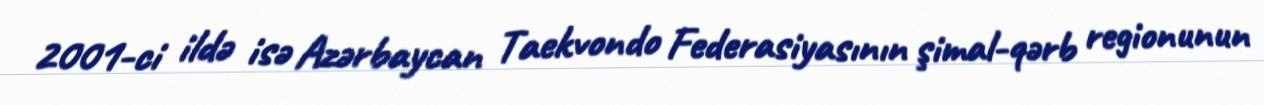
2001-ci ildə isə Azərbaycan Taekvondo Federasiyasının şimal-qərb regionunun